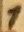
Text: 1